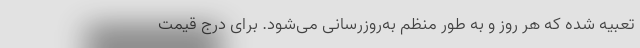
تعبیه شده که هر روز و به طور منظم به‌روزرسانی می‌شود. برای درج قیمت